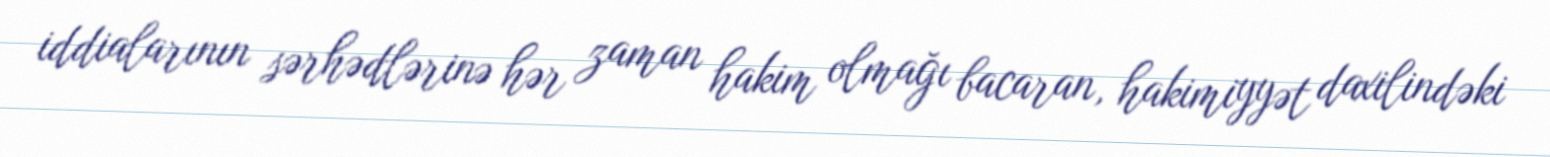
iddialarının sərhədlərinə hər zaman hakim olmağı bacaran, hakimiyyət daxilindəki